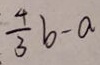
\frac { 4 } { 3 } b - a